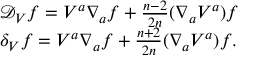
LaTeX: \begin{array} { l } { { { \mathcal D } _ { V } f = V ^ { a } \nabla _ { a } f + \frac { n - 2 } { 2 n } ( \nabla _ { a } V ^ { a } ) f } } \\ { { \delta _ { V } f = V ^ { a } \nabla _ { a } f + \frac { n + 2 } { 2 n } ( \nabla _ { a } V ^ { a } ) f . } } \end{array}